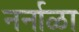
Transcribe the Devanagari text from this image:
नर्नाळा